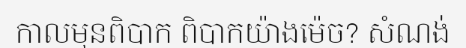
កាលមុនពិបាក ពិបាកយ៉ាងម៉េច? សំណង់